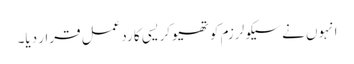
انہوں نے سیکولرزم کو تھیوکریسی کا ردعمل قرار دیا۔